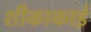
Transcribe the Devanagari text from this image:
शीकाकाई